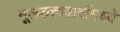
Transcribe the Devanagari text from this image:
मूलतत्त्ववादींमध्ये